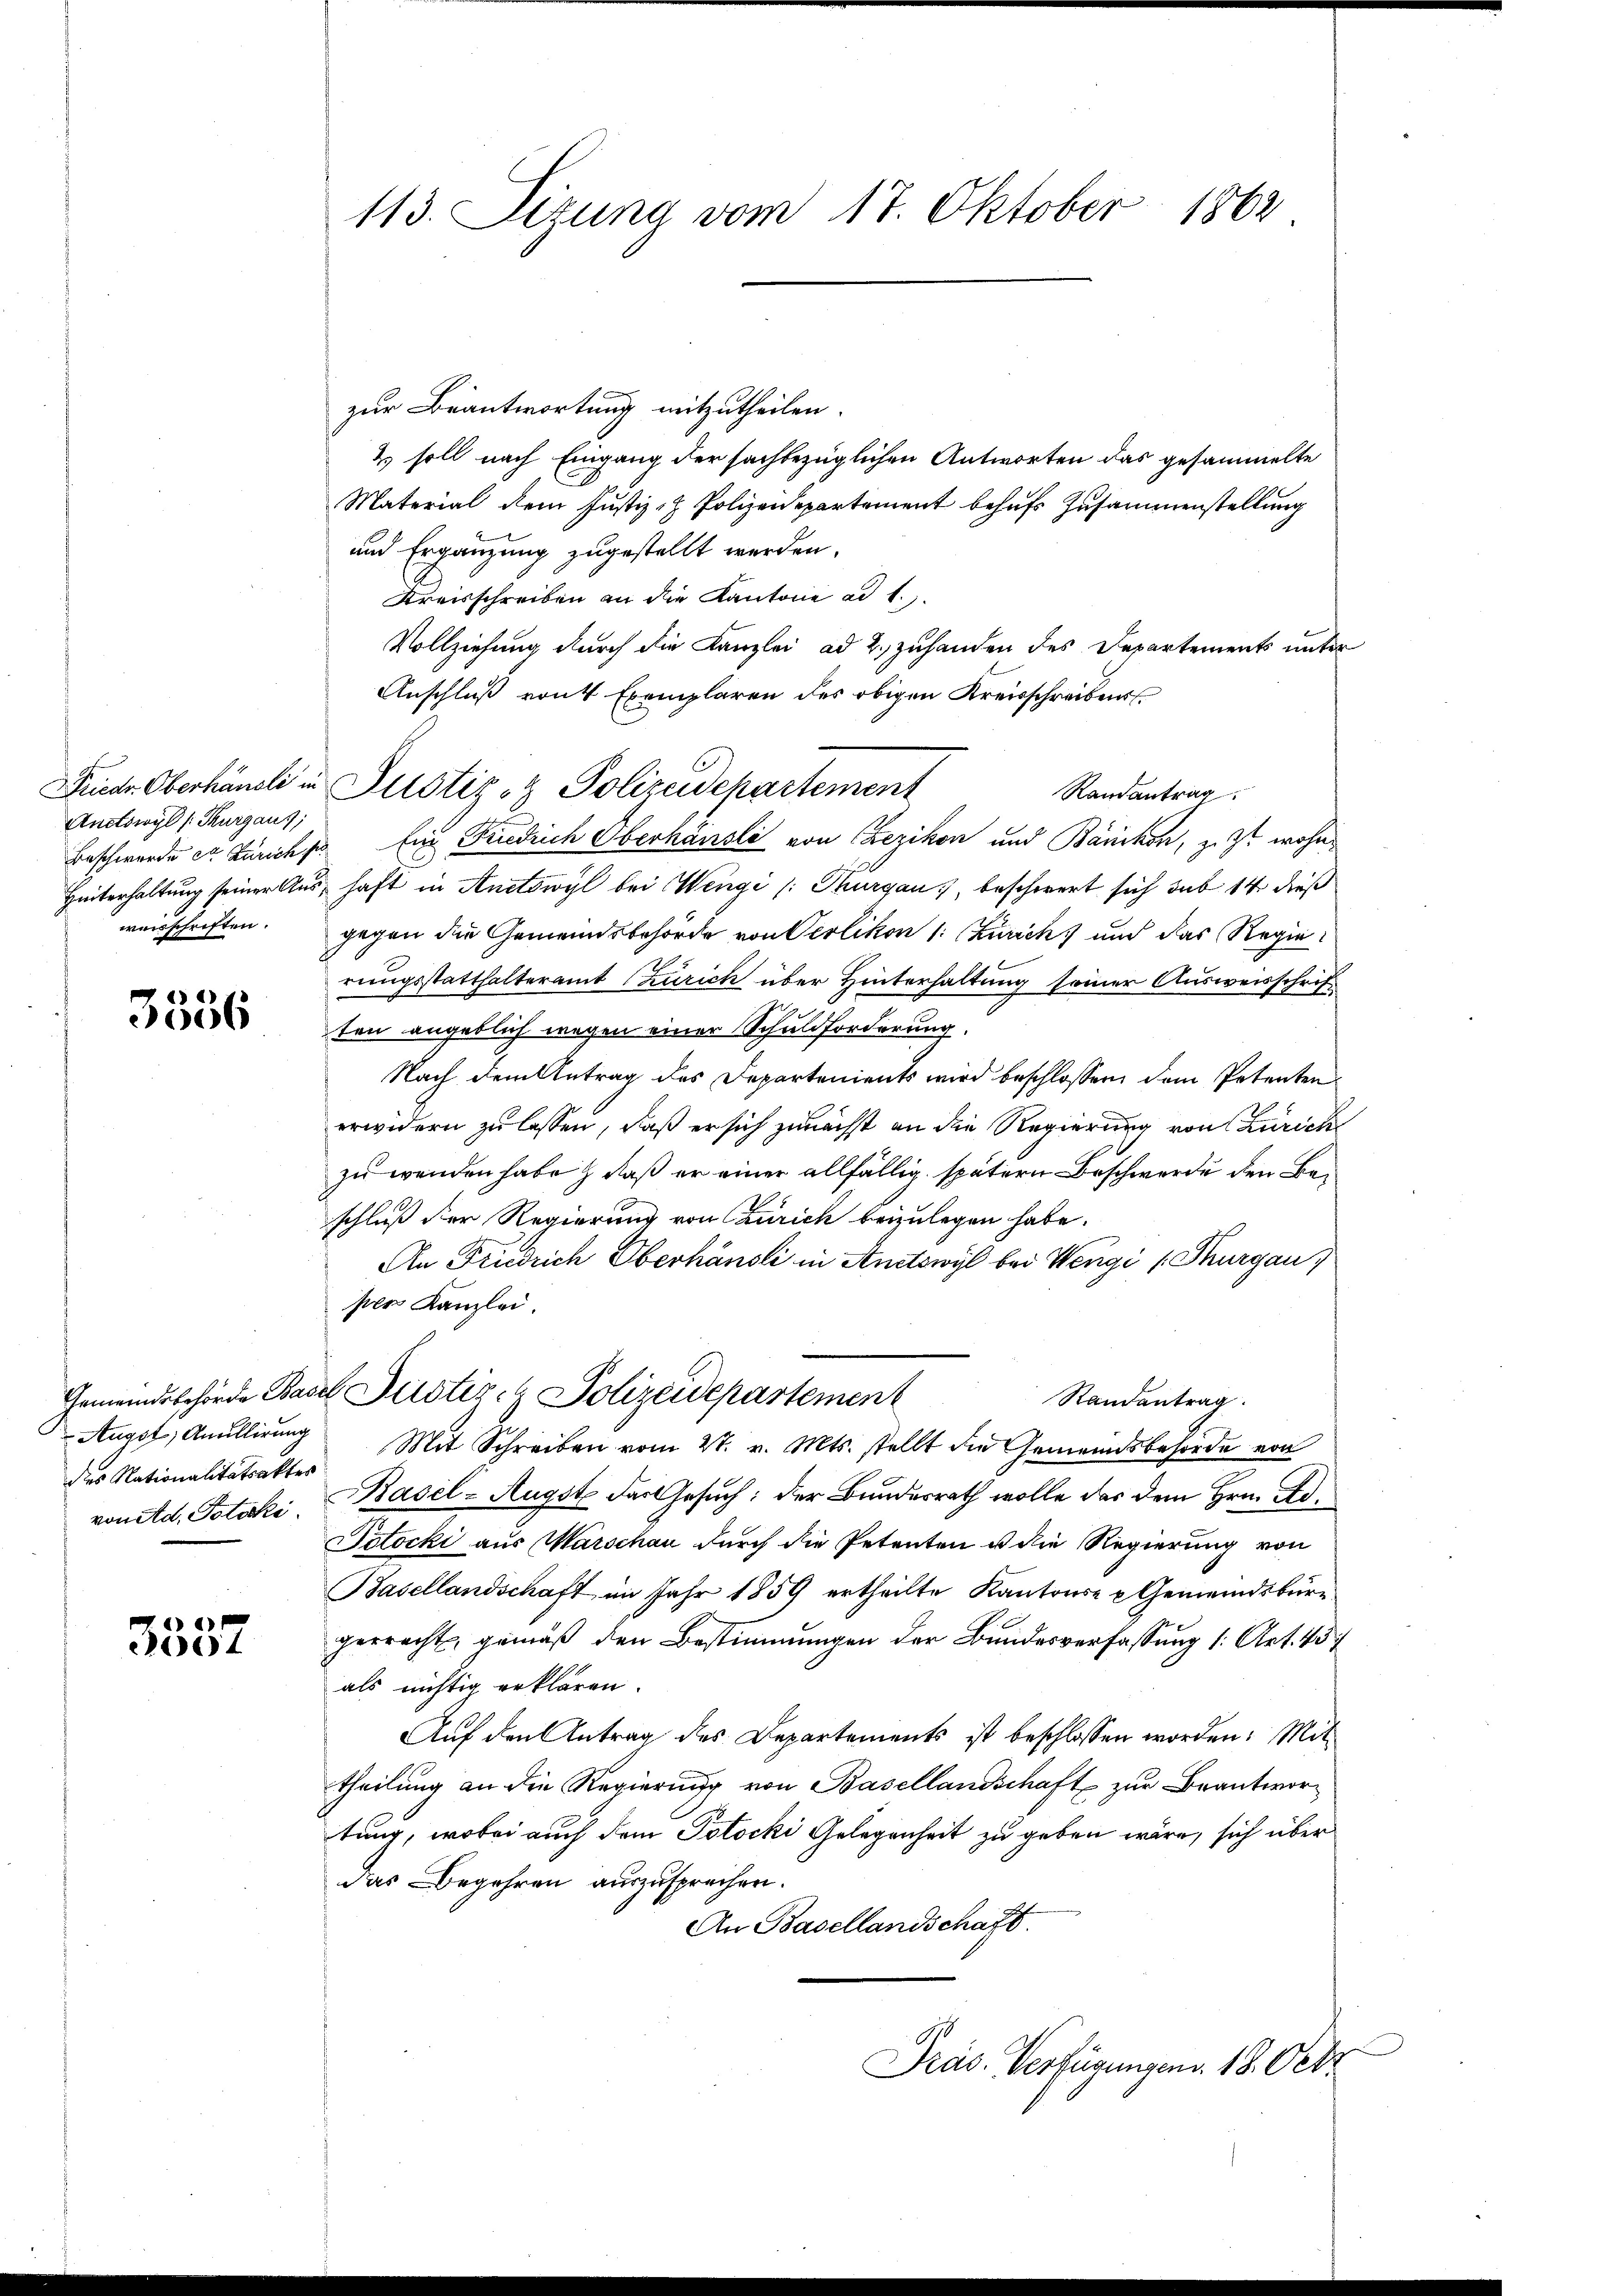
Andswyl (Thurgaus,

3556

des Nationalitätsaktes

3537

113. Sizung vom 17. Oktober 1862

zur Beantwortung mitzutheilen.
& soll nach Eingang der sachbezüglichen Antworten das gesammelte
Material dem Justiz- & Polizeidepartement behufs Zusammenstellung
und Ergänzung zugestellt werden.
Kreisschreiben an die Kantone ad 1.
Vollziehung durch die Kanzlei ad 2. zuhanden des Departements unter
Anschluß von Exemplaren des obigen Kreisschreibens
Ramantrag
Beschwerde et Zürich pr Ein Friedrich Oberhäusli von Crezikon und Bänikon, z. Z. wohn¬
Hinterhaltung seiner Aus, haft in Anetswyl bei Wengi /: Thurgau, beschwert sich sub 14 dieß
weisschriften. gegen die Gemeindsbehörde von Verlikon (: Zuricht und das Regie
rungsstatthalteramt Zürich über Hinterhaltung seiner Ausweisschrift
ten angeblich wegen einer Schuldforderung.
Nach dem Antrag des Departenients wird beschlossen dem Petenten
erwidern zu lassen, daß er sich zunächst an die Regierung von Zürich
zu wenden habe, daß er einer allfällig spätern Beschwerde den Beschluß der Regierung von Zürich beizulegen habe.
An Friedrich Oberhänsli in Anttowyl bei Wengi (Thurgau)
per Kanzlei.
Gemeindsbehörde Basel Justiz- & Polizeidepartement
Randantrag.
Augst, Anullirŭng Mit Schreiben vom 27. v. Mts. stellt die Gemeindsbehörde von
von Ad. Potski, Basel-Augst das Gesuch: der Bundesrath wolle das dem Hrn. Ad¬
Jotocki aus Marschau durch die Petenten u die Regierung von
Basellandschaft im Jahr 1859 ertheilte Kantons- & Gemeindsbürgerracht, gemäß den Bestimmungen der Bundesverfassung (: Art. 457
als nichtig erklären.
Auf den Antrag des Departements ist beschlossen worden: Mit
theilung an die Regierung von Basellandschaft zur Beantwortung, wobei auch dem Totocki Gelegenheit zu geben wäre, sich über
das Begehren auszusprechen.
An Basellandschaft.
Pras. Verfügungen. 18. Octo

Friedr. Oberhändli in Justiz- & Polizeidepartement